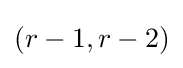
(r-1,r-2)